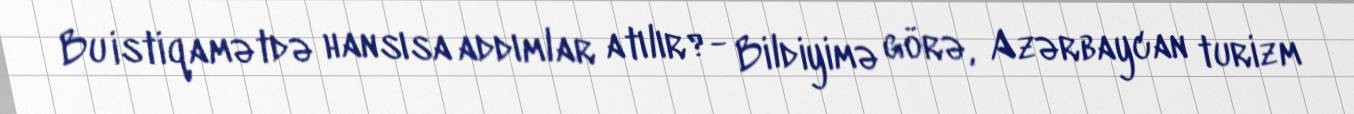
Bu istiqamətdə hansısa addımlar atılır?- Bildiyimə görə, Azərbaycan turizm